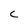
Character: C